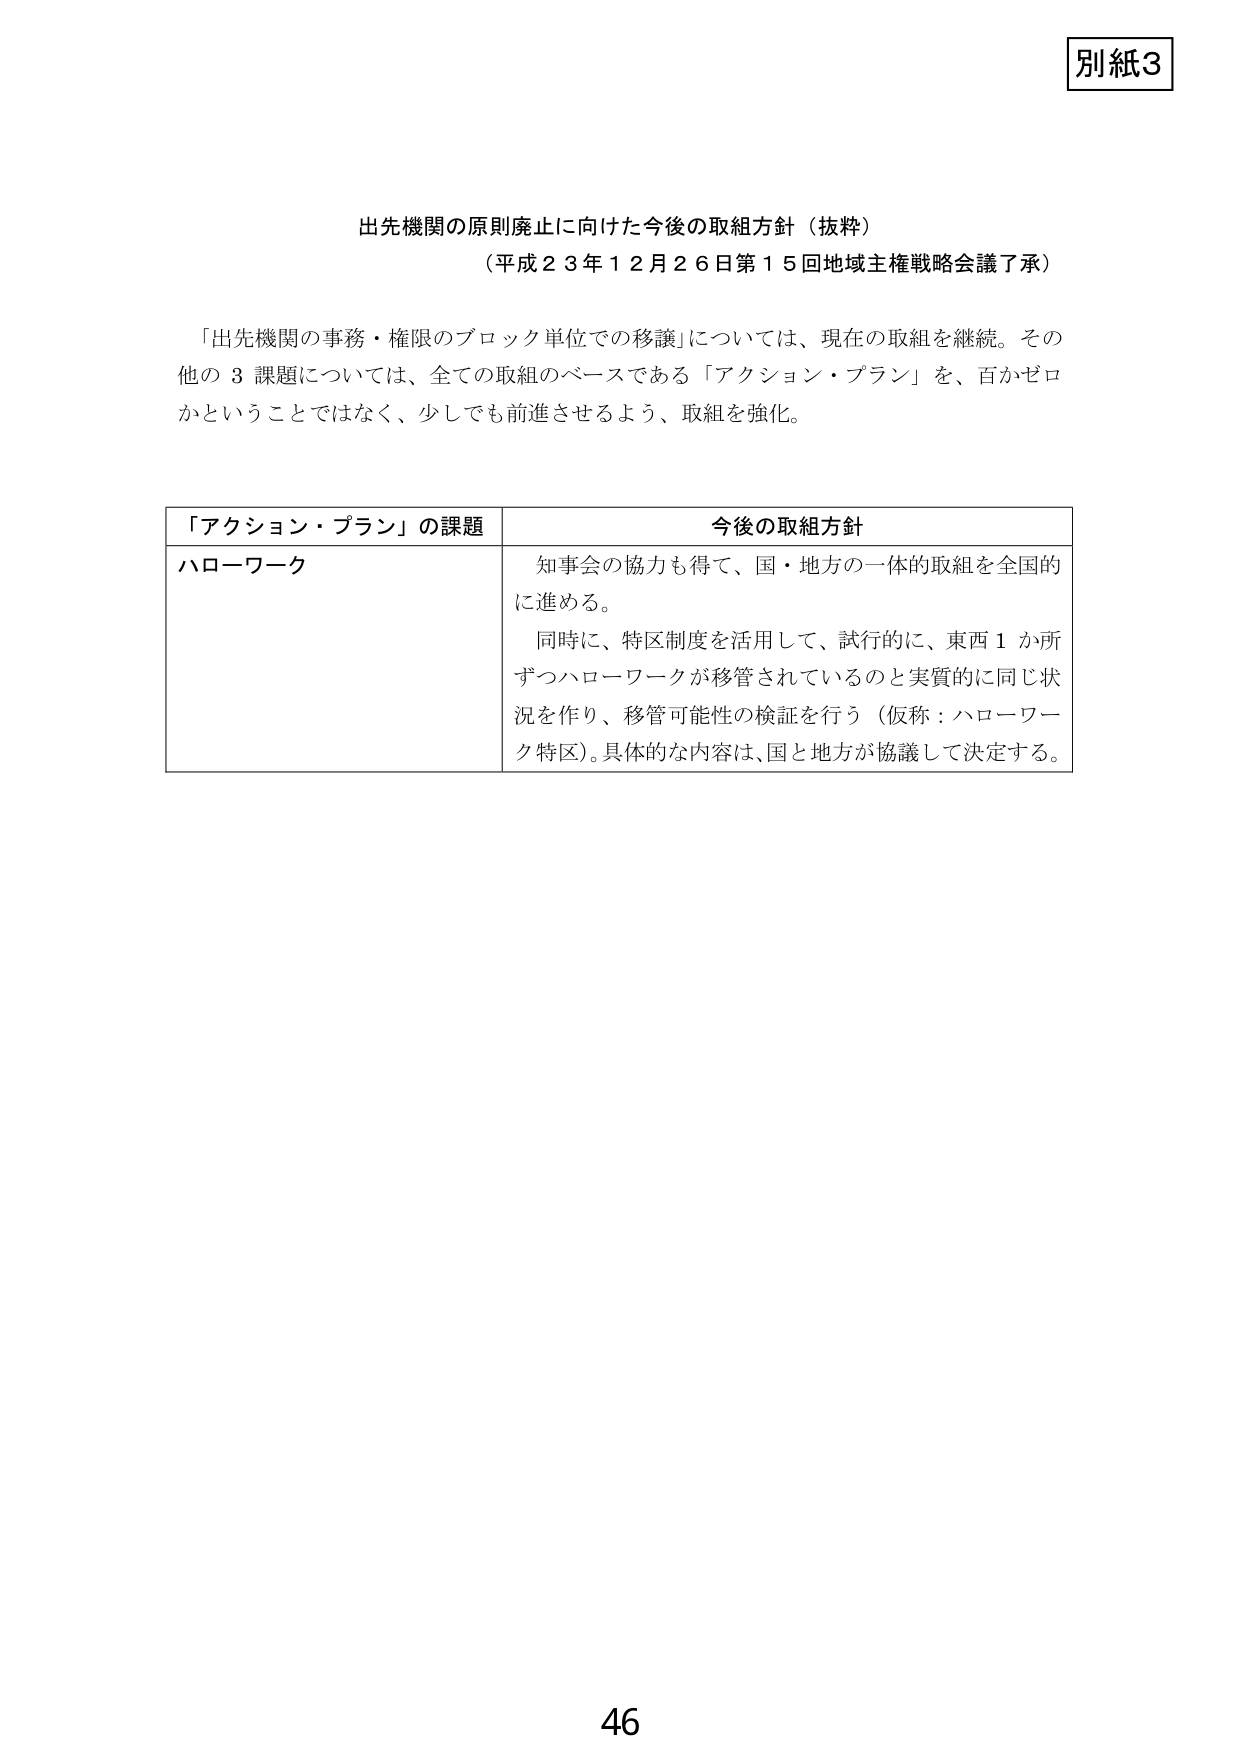
別紙3

出先機関の原則廃止に向けた今後の取組方針（抜粋）
（平成23年12月26日第15回地域主権戦略会議了承）

「出先機関の事務・権限のブロック単位での移譲」については、現在の取組を継続。その他の3課題については、全ての取組のベースである「アクション・プラン」を、百かゼロかということではなく、少しでも前進させるよう、取組を強化。

「アクション・プラン」の課題　　　　　　　　　　　　今後の取組方針
ハローワーク　　　　　　　　　　　　　　　　　知事会の協力も得て、国・地方の一体的取組を全国的に進める。
　　　　　　　　　　　　　　　　　　　　　　同時に、特区制度を活用して、試行的に、東西1か所ずつハローワークが移管されているのと実質的に同じ状況を作り、移管可能性の検証を行う（仮称：ハローワーク特区）。具体的な内容は、国と地方が協議して決定する。

46